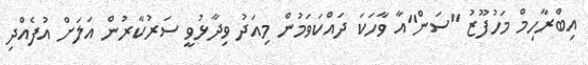
އިބްރާހިމް މަހުފޫޒު "ސަން"އާ ވާހަކަ ދައްކަވަމުން މިއަދު ވިދާޅުވީ ސަރުކާރުން އަލަށް އުފެއްދި